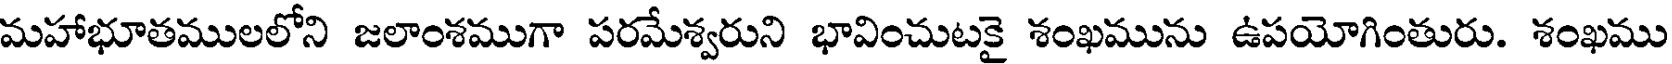
మహాభూతములలోని జలాంశముగా పరమేశ్వరుని భావించుటకై శంఖమును ఉపయోగింతురు. శంఖము